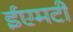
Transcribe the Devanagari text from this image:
ईएमटी